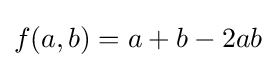
f(a,b)=a+b-2ab